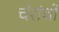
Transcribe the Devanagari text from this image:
चेरांची